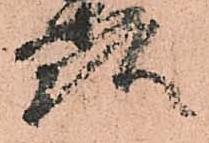
頭